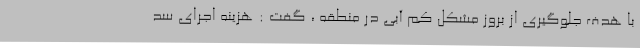
با هدف جلوگیری از بروز مشکل کم آبی در منطقه ، گفت : هزینه اجرای سد